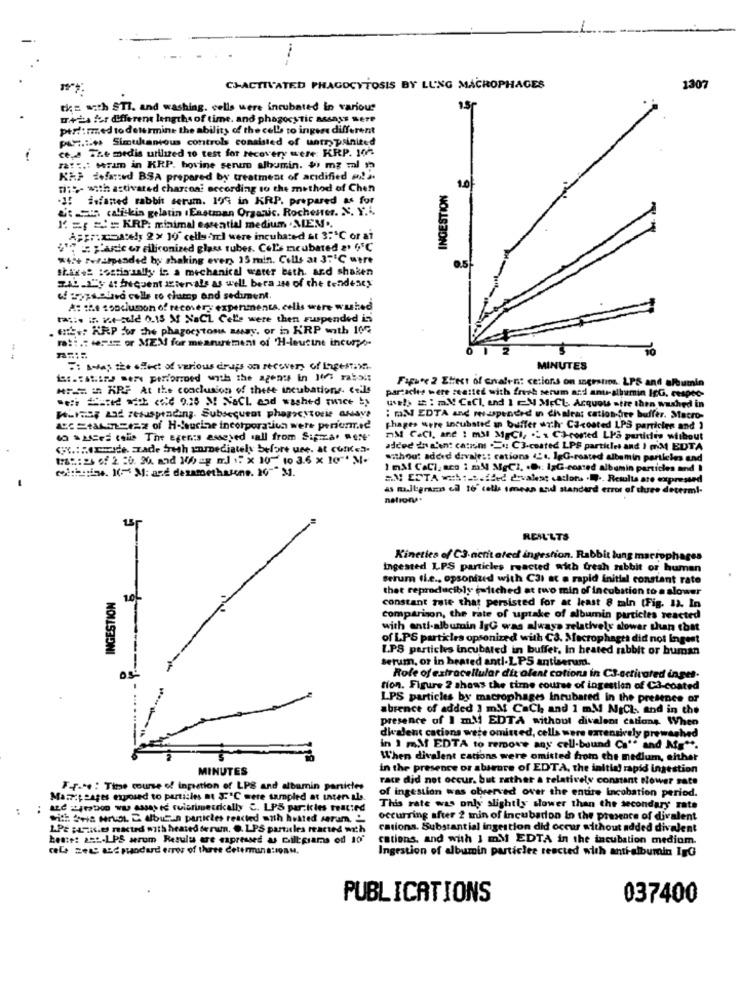
CJ-ACTIVATED PHAGOCYTOSIS BY LUNG MACROPHAGES
1307
tis with STI. and washing. cells were incubated in various
m+s for different lengths of time. and phagocyTic aAsaSE WerP
ptsd: med to determine the ability of the cells to ingens different
PLEies Simultaneous controls consisted of untrypsinited
ce, The medis utilized 10 test for recovery were: KRP. 106
re: :: wram in KRP. bovine sento albumin. $) mz ml m
KKA defa:vd BSA prepared by treatment of acidified mi!a.
";"- with activated charcoal according to the method of Chen
INGESTION
10
.!! iwanted rabbit serum. 199 in KRP. prepared as for
& sun caliskin gelatin Enatman Organic. Rochester. N. Y.4.
K. = = = KRP: minimal essential medium . MEM ..
Approxcontely 2 x 10" cells il were incubated at 3:5℃ or ai
4℃ = ""ardic & ciliconized glass tubes. Cells meubated 2 65℃
"++ Peralpesded by shaking every 15 min. Colls at 375℃ mere
shires Bostigully i: a mechanical water bath. and shaken
2.AL.2"y at frequent intervals as well beta ine of the tendesty
& appscured colle ro chamy and sediment.
A: the conclusion of recovery expenments. cells were washed
I :. .. it-ald 0.15 M NaCL Celle were then suspended in
ans .. KRP for the phagocytons wwwwy, or in KRP with 10%
rtt .: Mu or MEM for measurement of 'H-leucine incurre-
: Was the Set of various drugs on recovery of Ingestione.
MINUTES
ist.tasses menu percorroed with the agents in 14 rabol:
Figure 2 Elect of Ervalen: cetions on ingratim. LPS and albumin
HP- in KRF At the conclusion of these incubations. celle
partaches were seatted with fresh serum and anu-albumin IcG. respec-
ul # : my Cel, and I ey MrCl Acquow stre then wuched in
Hurtig And resuspending. Subsequent phagiestorie Grave
: m3 EDTA and mesuspended in civalras cation fee buffer. Macro-
& === z of Hi-louise incorporatiun were performed
phages were incubated an buffer with" Cacosted LPS parricien and 1
6 >M lie The egen:s assayed .all from Signzar Rone.
FM C.CI, and : mil MPCl, . & CFronted LPS partidie without
c .: "quide. zade fresh unmediately before une. at contea-
added dni s'ent cations Eu C3-coated LPS particles and I priM EDTA
without adeed davales: cations 42, lgG-rosted albumin particles end
colthise. 10" M: and dezamethasone. 10"" M.
1 mal CaCl. aco i mMl MgCl, . B .: 12G.comed albumin particles and !
EM ENTA with :. s.dled devalent caslors .... Resulta are expressed
as m.ltgrann ed to' cells imean and standard error of three determi-
RESULTS
Kinetics of C3- actit ated ingestion. Rabbit lung macrophages
ingested LPS particles reacted with fresh rabbit or human
Serum (i.e ., opsonited with CJI at a rapid initial constant rate
thet reproducibly witched at two min of incubation to a slower
INGESTION
1.0
constant gute that persisted for at least 8 mln (Fig. 12. In
comparison, the rate of uptake of albumin particles reacted
with anti-albumin IgG was always relatively slower than toit
of LPS particles opsonized with C3. Macrophages did not Ingest
LPS particles incubated in buffet, In heated rabbit or buman
serum, or in heated anti-LPS antiserum.
Role of extracellular dix alent cations in C3-activated inges.
tion. Figure 2 shows the time course of ingestion of C3-coated
LPS particles by macrophages Incubated in the presence of
absence of added 1 mM CaCh and 1 m.M NtCl, and in the
presence of I mMl EDTA without divalent cations. When
dhslent cations were omitted, cells were extensively prewashed
in I mM EDTA to remove any cell-bound Ca' and Mg **.
When divalent cations were omitted from the medium, either
MINUTES
in the presence or abitare of EDTA, the initial rapid ingestion
race did not occur. but rather a relatively consant Rower sate
F.f.'s : Time course of inpistion of LPS and albamin particles
of ingestion was obrerved over the entire incubation period.
Man:teares exposed to particles mt X:"C were sampled at intervals.
:AZC DO WU Asap ierimetrically C. LPS par,kies tratted
This rate was only slightly slower than the secondary rate
with His wruot E albicin particles reacted with heated warum. _
occurring after 2 min of incubation in the presence of divalent
LPe wasinsie masted with heated serum. O. LPS partules reacted with
cations. Substantial ingestion did occur without added divalent
beate: 255-1PS wrum Retulu we expressed & Dillprams od 10'
cations, and with I mM EDTA in the incubation mediom.
cle ze4 wd podud erros of three determina:Ionu.
Ingestion of albumin particles reacted with anti-albumin InG
PUBLICATIONS
037400